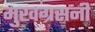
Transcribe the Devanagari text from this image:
मुखग्रसनी